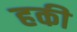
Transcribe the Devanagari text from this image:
हकी